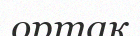
ортақ